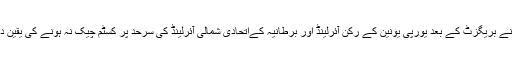
تاہم، تھریسا مے اپنے نئے سمجھوتے کے خد و خال کو واضح کرتے ہوئے کہتی ہیں کہ انہوں نے بریگزٹ کے بعد یورپی یونین کے رکن آئرلینڈ اور برطانیہ کےاتحادی شمالی آئرلینڈ کی سرحد پر کسٹم چیک نہ ہونے کی یقین دہانی کرانے والی بیک سٹاپ نامی انشورنس پالیسی پر قانون سازوں کی تشویش پر توجہ دی ہے۔